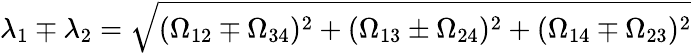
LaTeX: \lambda_{1}\mp\lambda_{2}=\sqrt{(\Omega_{12}\mp\Omega_{34})^{2}+(\Omega_{13}\pm\Omega_{24})^{2}+(\Omega_{14}\mp\Omega_{23})^{2}}